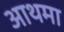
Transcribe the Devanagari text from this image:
आथमा